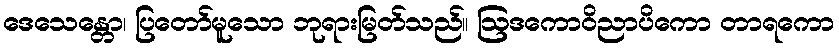
ဒေသေန္တော၊ ပြတော်မူသော ဘုရားမြတ်သည်။ ဩဒကောဝိညာပိကော တာရကော